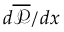
d \overline { { \mathcal { P } } } / d x